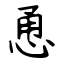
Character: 恿